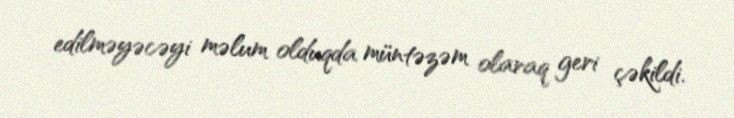
edilməyəcəyi məlum olduqda müntəzəm olaraq geri çəkildi.